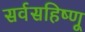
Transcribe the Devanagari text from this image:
सर्वसहिष्णू